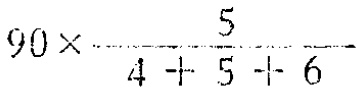
\(90\times\frac{5}{4 + 5 + 6}\)